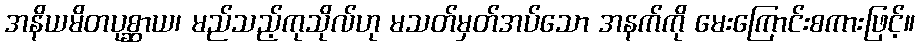
အနိယမိတပုစ္ဆာယ၊ မည်သည့်ကုသိုလ်ဟု မသတ်မှတ်အပ်သော အနက်ကို မေးကြောင်းစကားဖြင့်။